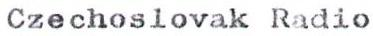
Czechoslovak Radio